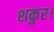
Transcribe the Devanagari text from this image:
शकुर।